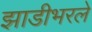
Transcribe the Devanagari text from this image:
झाडीभरले